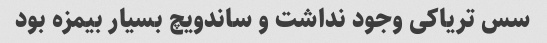
سس تریاکی وجود نداشت و ساندویچ بسیار بیمزه بود